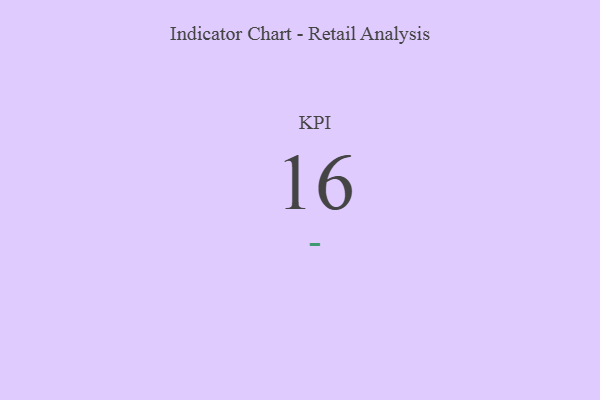
{"axis": {"x": "KPI", "y": "Value"}, "legend": [""], "data": [{"x": "KPI", "y": 16, "type": ""}]}